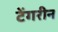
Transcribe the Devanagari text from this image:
टेंगरीन